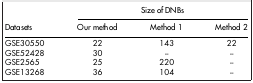
<table><thead><tr><td><b> </b></td><td colspan="3"><b>Size of DNBs</b></td></tr><tr><td><b>Datasets</b></td><td><b>Our method</b></td><td><b>Method 1</b></td><td><b>Method 2</b></td></tr></thead><tbody><tr><td>GSE30550</td><td>22</td><td>143</td><td>22</td></tr><tr><td>GSE52428</td><td>30</td><td>--</td><td>--</td></tr><tr><td>GSE2565</td><td>25</td><td>220</td><td>--</td></tr><tr><td>GSE13268</td><td>36</td><td>104</td><td>--</td></tr></tbody></table>